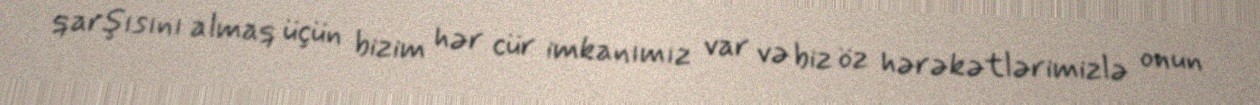
qarşısını almaq üçün bizim hər cür imkanımız var və biz öz hərəkətlərimizlə onun